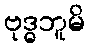
ဗုဒ္ဓဘူမိ